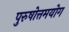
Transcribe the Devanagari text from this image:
पुरुषोत्तमयोग